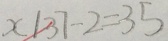
x \vert 3 7 + 2 = 3 5